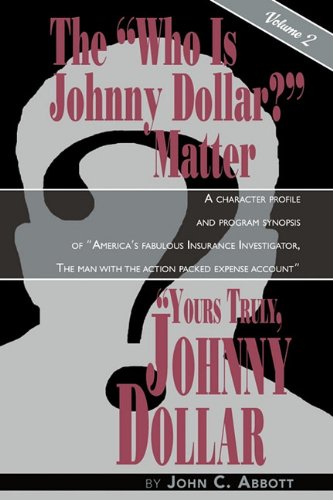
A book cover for Yours Truly, Johnny Dollar Vol. 2; John C. Abbott; Humor & Entertainment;